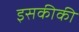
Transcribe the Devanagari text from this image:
इसकीकी